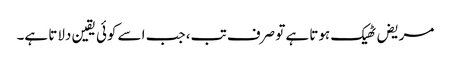
مریض ٹھیک ہوتا ہے تو صرف تب، جب اسے کوئی یقین دلاتا ہے۔